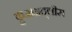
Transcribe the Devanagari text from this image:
क़ुआअद्लीस